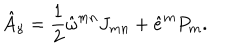
\hat { A } _ { \gamma } = \frac { 1 } { 2 } \hat { \omega } ^ { m n } J _ { m n } + \hat { e } ^ { m } P _ { m } .